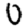
Digit: 0